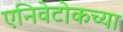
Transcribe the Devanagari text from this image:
एनिवेटोकच्या